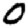
Digit: 0